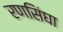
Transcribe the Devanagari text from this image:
रणसिंघा